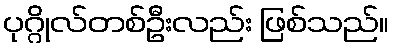
ပုဂ္ဂိုလ်တစ်ဦးလည်း ဖြစ်သည်။